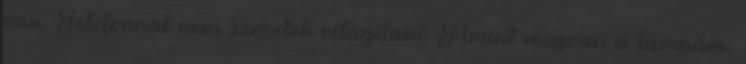
van. Telefonnal nem szeretek világítani. Amint megvan a lámpám,